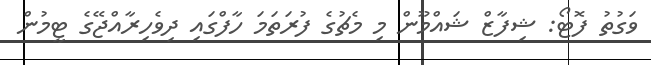
ވަގުތު ފޮޓޯ: ޝިފާޒް ޝައްމޫން މި މެޗުގެ ފުރަތަމަ ހާފްގައި ދިވެހިރާއްޖޭގެ ޓީމުން